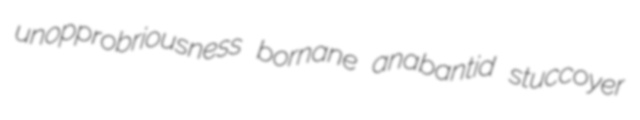
unopprobriousness bornane anabantid stuccoyer